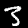
Label: 3